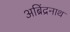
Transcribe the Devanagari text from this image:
अब्रिंद्रनाथ